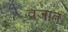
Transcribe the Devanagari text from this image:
व्रजात